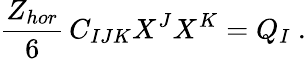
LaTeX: {\frac{Z_{hor}}{6}}\, C_{IJK}X^{J}X^{K}=Q_{I}\ .